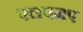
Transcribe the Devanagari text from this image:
एलएमए